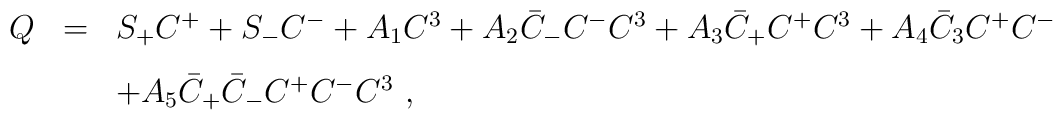
\begin{array}{rcl}Q&=&S_+ C^+ + S_- C^- +A_1  C^3 + A_2  \bar{C}_- C^- C^3+A_3  \bar{C}_+ C^+ C^3 +A_4  \bar{C}_3 C^+ C^- \\[3mm]&&+ A_5  \bar{C}_+ \bar{C}_- C^+ C^- C^3 ~,\end{array}